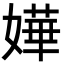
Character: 嬅